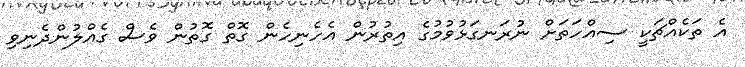
އެ ތަކެއްޗަކީ ސިއްހަތަށް ނުރަނގަޅުވުމުގެ އިތުރުން އެހެނިހެން ގޮތް ގޮތުން ވެސް ގެއްލުންދެނިވި